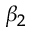
\beta _ { 2 }